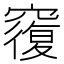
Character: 𥨍